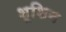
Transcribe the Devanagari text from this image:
शूशिन